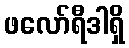
ဖလော်ရီဒါရှိ